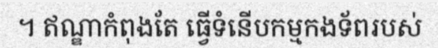
។ ឥណ្ឌាកំពុងតែ ធ្វើទំនើបកម្មកងទ័ពរបស់